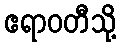
ဧရာဝတီသို့